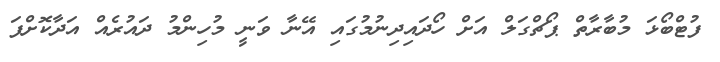
ފުޓްބޯޅަ މުބާރާތް ޕޯޗްގަލް އަށް ހޯދައިދިނުމުގައި އޭނާ ވަނީ މުހިންމު ދައުރެއް އަދާކޮށްފަ